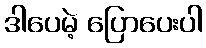
ဒါပေမဲ့ ပြောပေးပါ